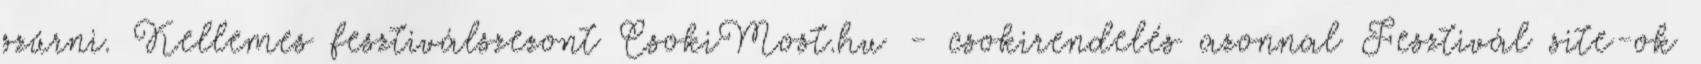
szűrni. Kellemes fesztiválszezont CsokiMost.hu - csokirendelés azonnal Fesztivál site-ok